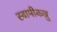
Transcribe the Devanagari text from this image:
स्वामीकन्नु